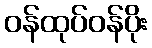
ဝန်ထုပ်ဝန်ပိုး